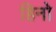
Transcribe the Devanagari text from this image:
हिनो